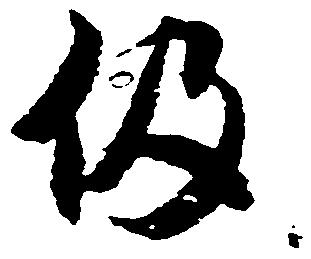
仍